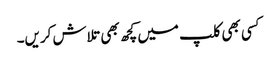
کسی بھی کلپ میں کچھ بھی تلاش کریں۔